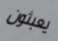
يعبثون